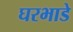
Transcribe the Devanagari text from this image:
घरभाडे